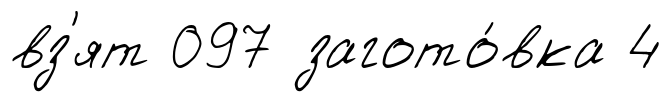
вз'ят 097 загото́вка 4